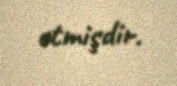
etmişdir.